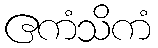
ဧကံသိကံ